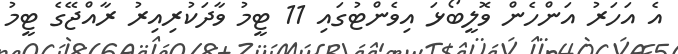
އެ އަހަރު އަންހެން ވޮލީބޯޅަ އިވެންޓުގައި 11 ޓީމު ވާދަކުރިއިރު ރާއްޖޭގެ ޓީމު